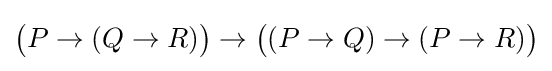
{\big (}P\to (Q\to R){\big )}\to {\big (}(P\to Q)\to (P\to R){\big )}